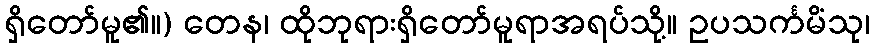
ရှိတော်မူ၏။) တေန၊ ထိုဘုရားရှိတော်မူရာအရပ်သို့။ ဥပသင်္ကမိံသု၊